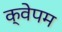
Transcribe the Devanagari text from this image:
क्वेपम